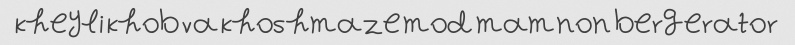
kheyli khob va khoshmaze mod mamnon bergerator